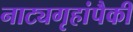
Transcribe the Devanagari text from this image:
नाट्यगृहांपैकी